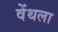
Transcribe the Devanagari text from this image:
वेंथला